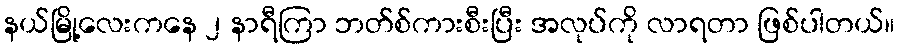
နယ်မြို့လေးကနေ ၂ နာရီကြာ ဘတ်စ်ကားစီးပြီး အလုပ်ကို လာရတာ ဖြစ်ပါတယ်။